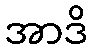
အာဒိ